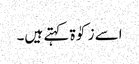
اسے زکوٰۃ کہتے ہیں۔